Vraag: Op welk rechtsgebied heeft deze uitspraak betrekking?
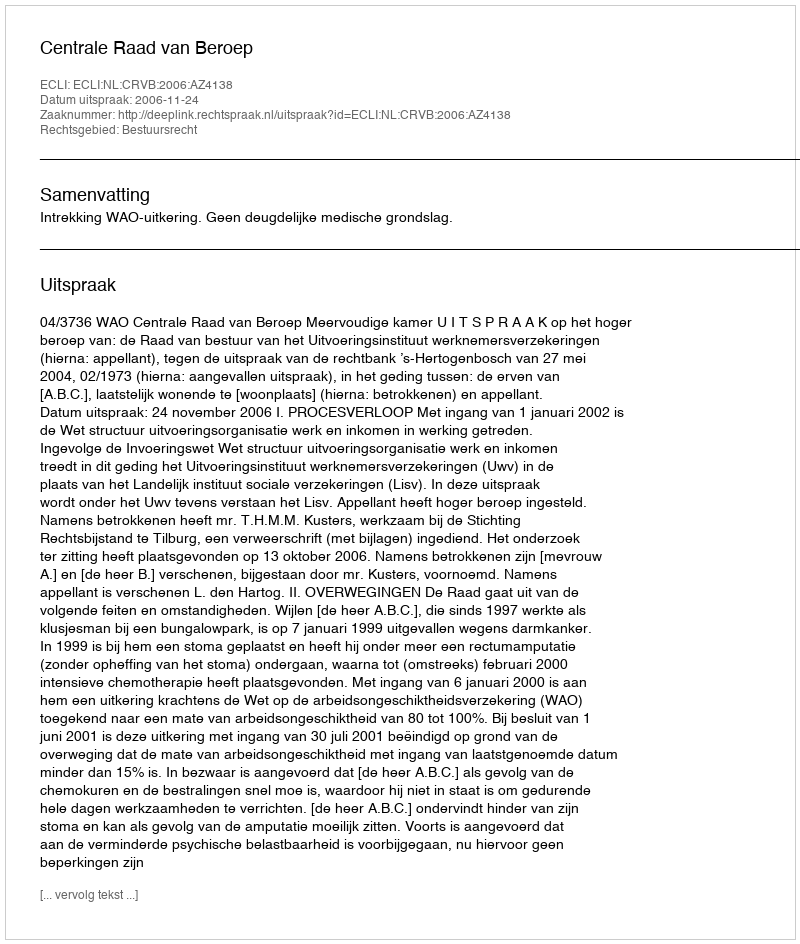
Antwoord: Bestuursrecht